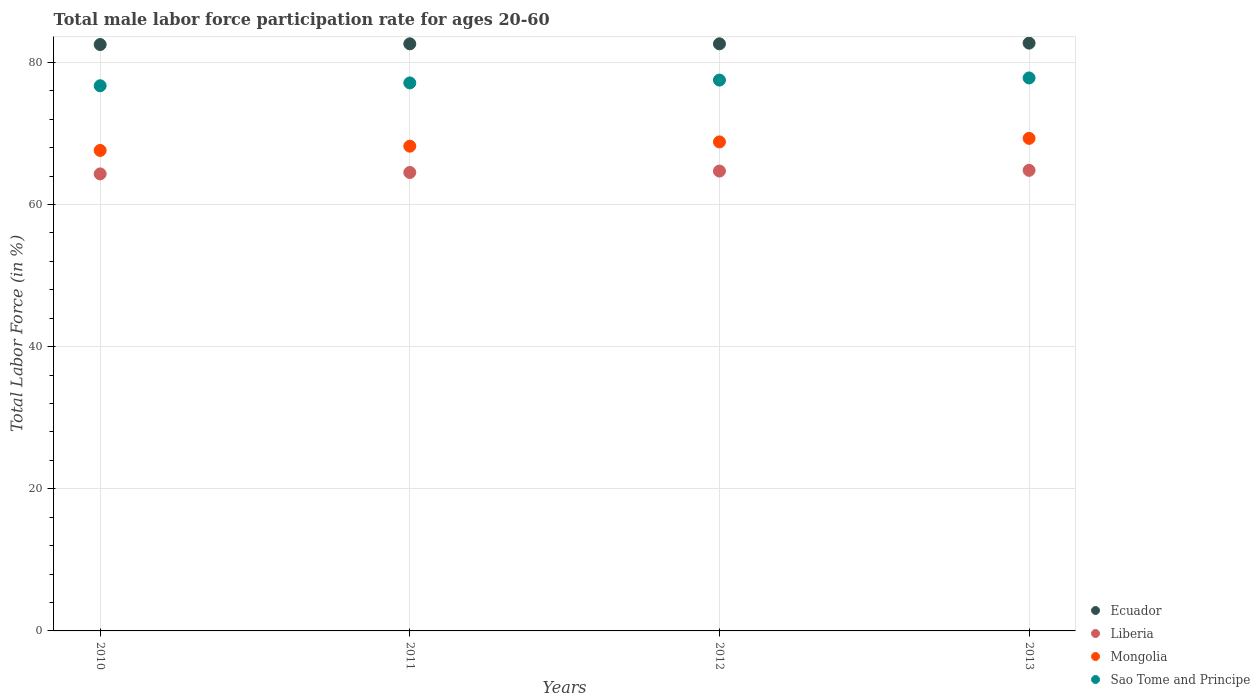
| Years | Ecuador | Liberia | Mongolia | Sao Tome and Principe |
 | --- | --- | --- | --- | --- |
 | 2010 | 82.5 | 64.3 | 67.6 | 76.7 |
 | 2011 | 82.6 | 64.5 | 68.2 | 77.1 |
 | 2012 | 82.6 | 64.7 | 68.8 | 77.5 |
 | 2013 | 82.7 | 64.8 | 69.3 | 77.8 |